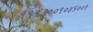
૧૧૧૩૦૦૧૦૪૬૦૦૧